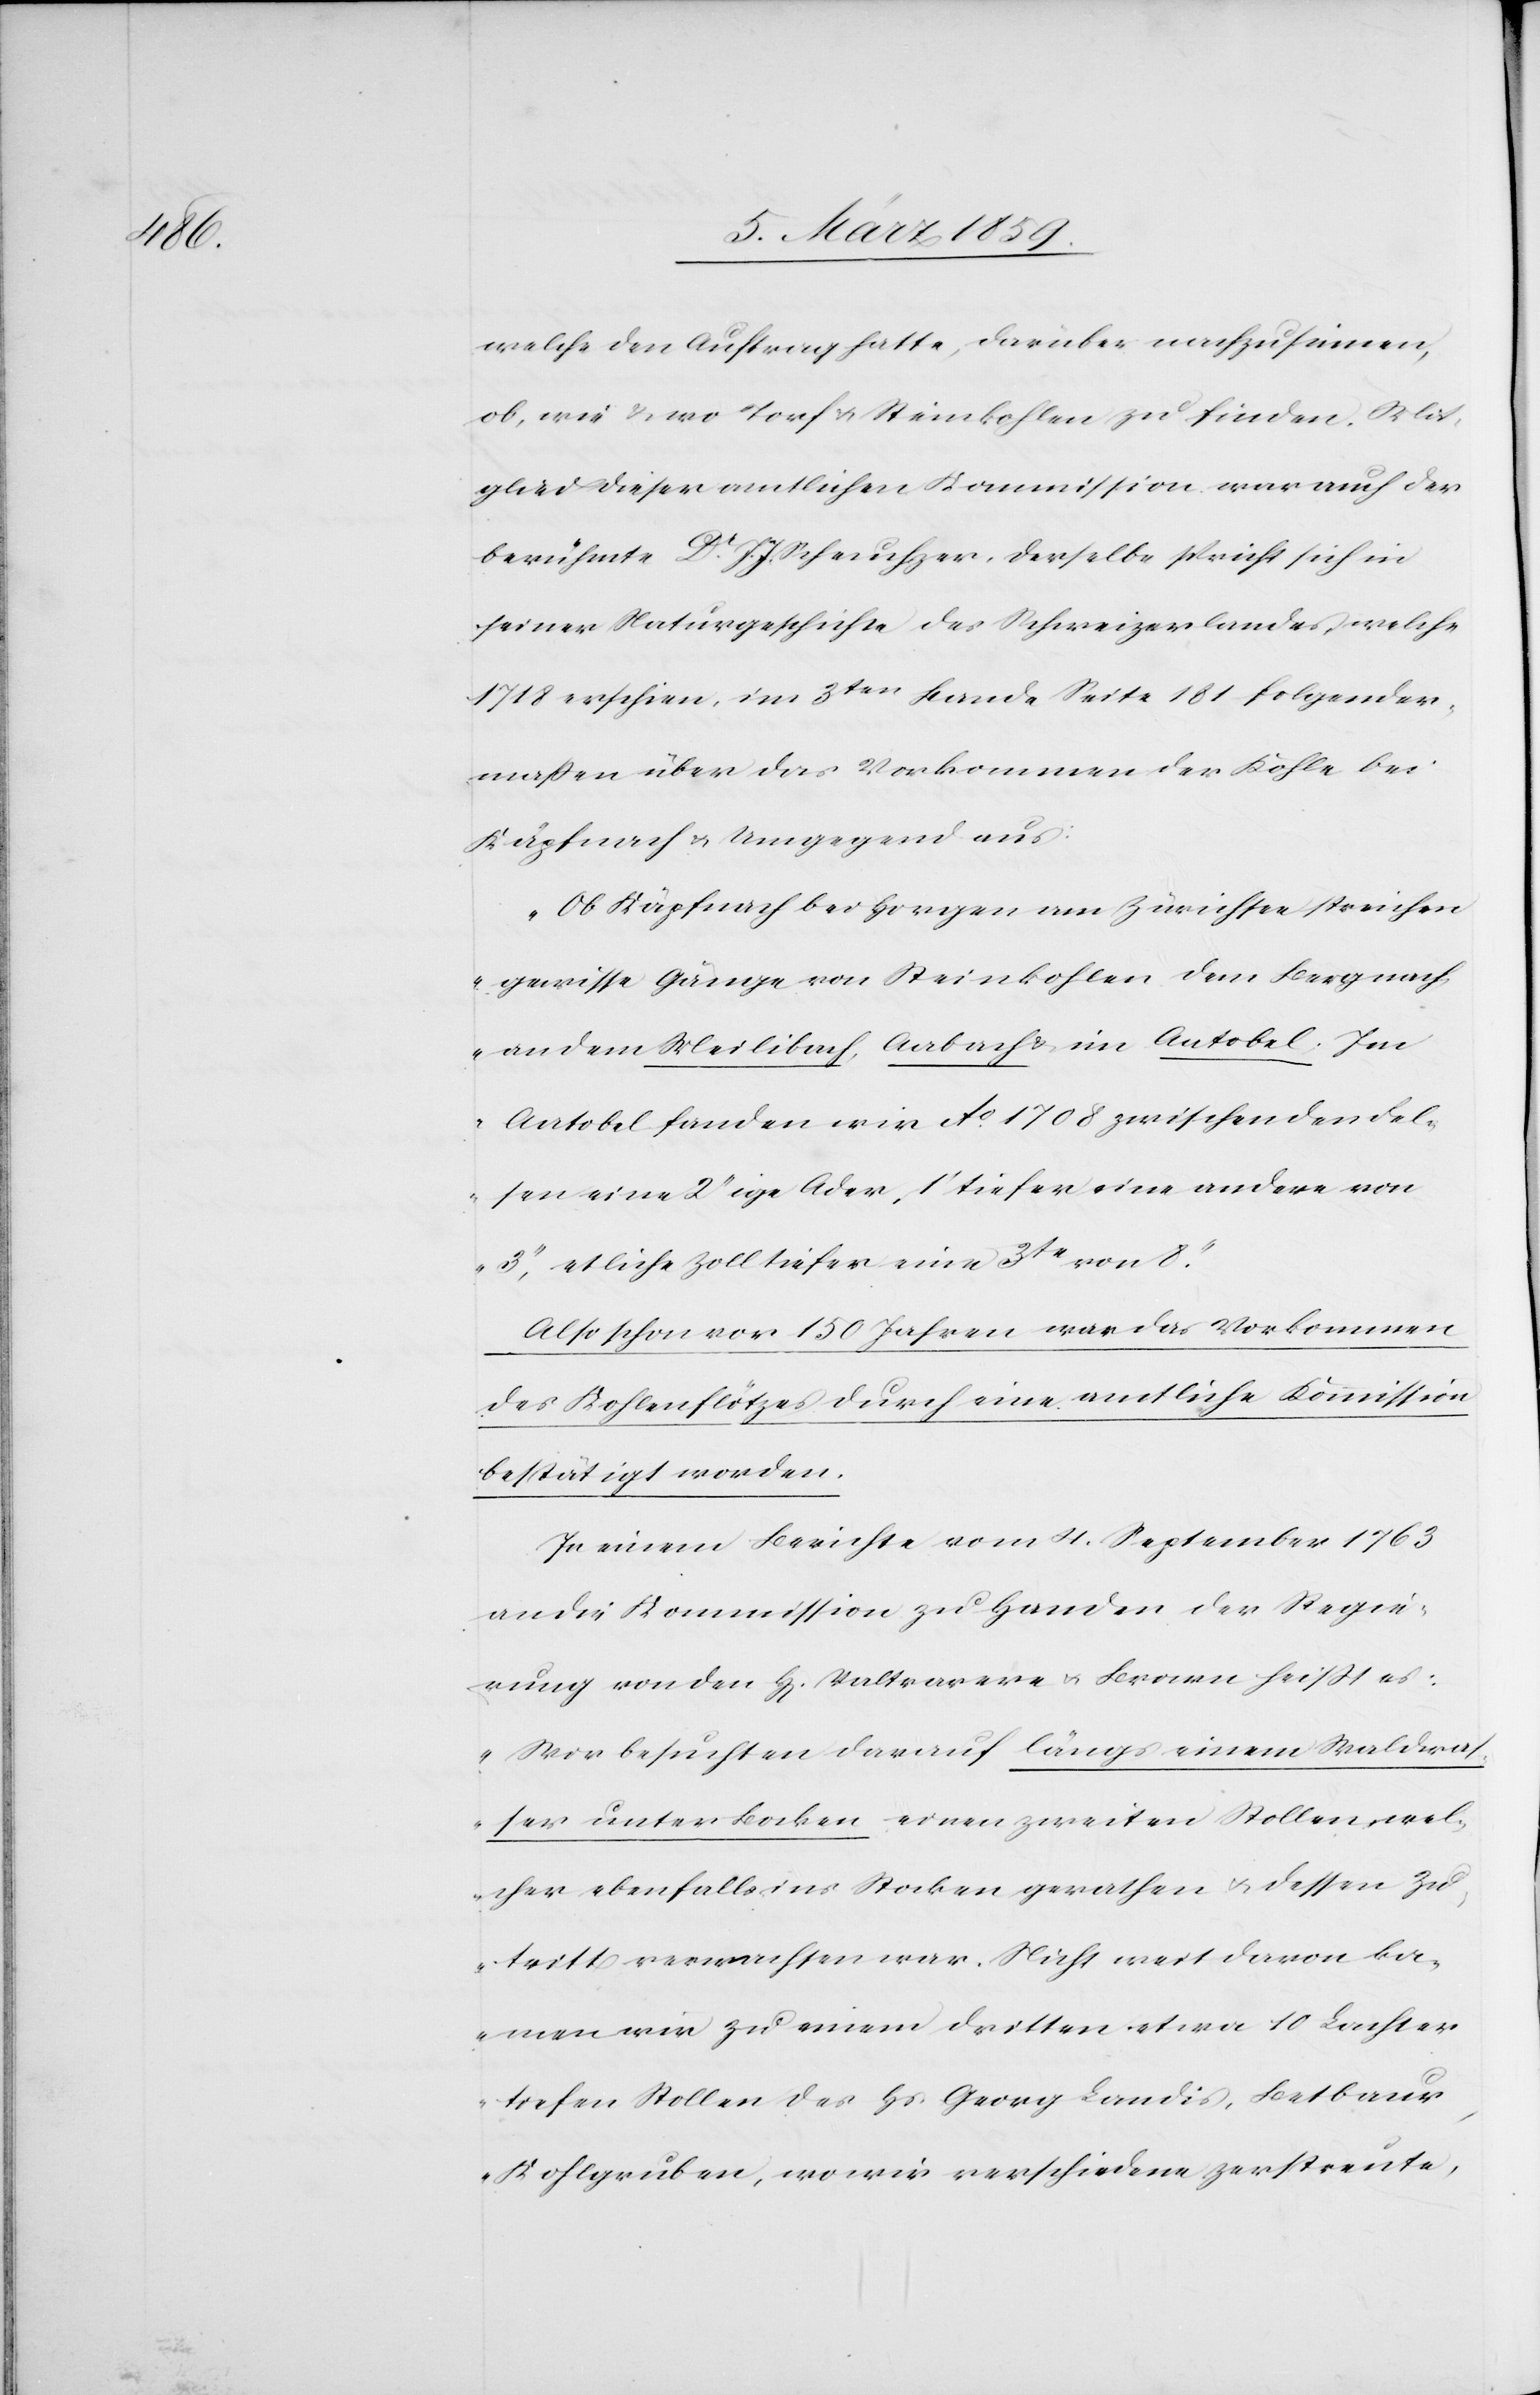
welche den Auftrag hatte, darüber nachzusinnen,
ob, wie & wo Torf & Steinkohlen zu finden. Mit¬
glied dieser amtlichen Kommission war auch der
berühmte Dr. J. J. Scheuchzer, derselbe spricht sich in
seiner Naturgeschichte des Schweizerlandes, welche
1718 erschien, im 3ten Bande Seite 181 folgender¬
maßen über das Vorkommen der Kohle bei
Käpfnach u. Umgegend aus:
„Ob Käpfnach bei Horgen am Zürichsee streichen
gewisse Gänge von Steinkohlen dem Berg nach,
an dem Meilibach, Aabach & im Aatobel. Im
Aatobel fanden wir Ao. 1708 zwischen den Fel¬
sen eine 2“ige Ader, 1‘ tiefer eine andere von
3“, etliche Zoll tiefer eine 3te von
Also schon vor 150 Jahren war das Vorkommen
des Kohlenflötzes durch eine amtliche Kommission
bestätigt worden.
In einem Berichte vom 4. September 1763
an die Kommission zu Handen der Regie¬
rung von den H[erren] Valtravere u. Bronen heißt es:
„Wir besuchten darauf längs einem Waldwas¬
ser unter Bocken einen zweiten Stollen, wel¬
cher ebenfalls ins Stocken gerathen u. dessen Zu¬
tritt verwachsen war. Nicht weit davon ka¬
men wir zu einem dritten etwa 10 Lachser
tiefen Stollen des Hs. Georg Landis, Betbaur,
Kohlgruben, wo wir verschiedene zerstreute,